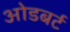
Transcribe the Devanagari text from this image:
ओडबर्ट